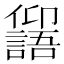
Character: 𠑕